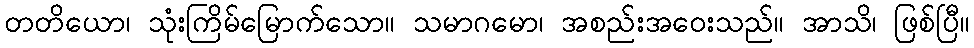
တတိယော၊ သုံးကြိမ်မြောက်သော။ သမာဂမော၊ အစည်းအဝေးသည်။ အာသိ၊ ဖြစ်ပြီ။